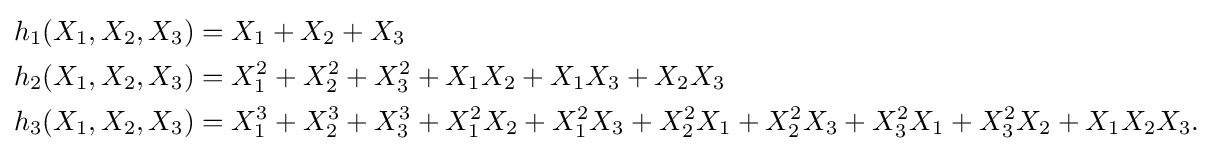
{\begin{aligned}h_{1}(X_{1},X_{2},X_{3})&=X_{1}+X_{2}+X_{3}\\h_{2}(X_{1},X_{2},X_{3})&=X_{1}^{2}+X_{2}^{2}+X_{3}^{2}+X_{1}X_{2}+X_{1}X_{3}+X_{2}X_{3}\\h_{3}(X_{1},X_{2},X_{3})&=X_{1}^{3}+X_{2}^{3}+X_{3}^{3}+X_{1}^{2}X_{2}+X_{1}^{2}X_{3}+X_{2}^{2}X_{1}+X_{2}^{2}X_{3}+X_{3}^{2}X_{1}+X_{3}^{2}X_{2}+X_{1}X_{2}X_{3}.\end{aligned}}